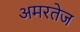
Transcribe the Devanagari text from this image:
अमरतेज